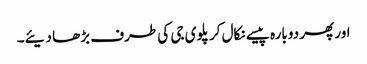
اور پھر دوبارہ پیسے نکال کر پلوی جی کی طرف بڑھا دیئے۔